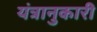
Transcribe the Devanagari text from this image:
यंत्रानुकारी